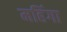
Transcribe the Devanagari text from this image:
महिंगा